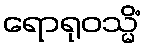
ရောရုဝသ္မိံ